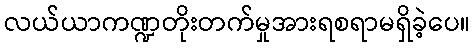
လယ်ယာကဏ္ဍတိုးတက်မှုအားရစရာမရှိခဲ့ပေ။